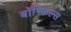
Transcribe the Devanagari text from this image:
बाॅन्फिल्स